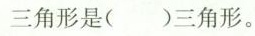
三角形是( )三角形。